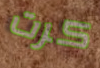
كرت